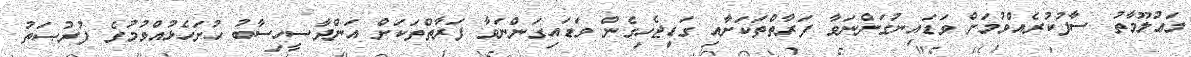
މަޢުލޫމާތު ސާފުކުރެއްވުމަށް ވަޑައިނުގަންނަވާ ފަރާތްތަކަށާއި ގަޑިޖެހިގެން ވަޑައިގަންނަވާ ފަރާތްތަކަށް އަަންދާސީހިސާބު ހުށަހެޅުއްވުމުގެ ފުރުޞަތު